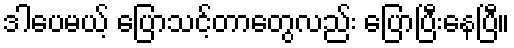
ဒါပေမယ့် ပြောသင့်တာတွေလည်း ပြောပြီးနေပြီ။